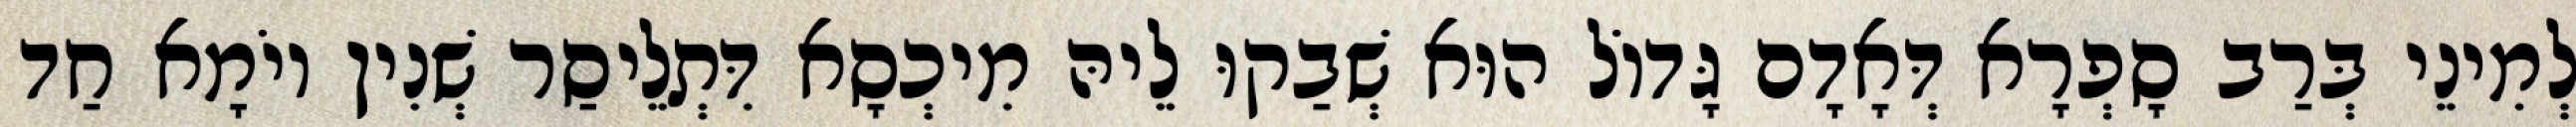
לְמִינֵי בְּרַב סָפְרָא דְּאָדָם גָּדוֹל הוּא שְׁבַקוּ לֵיהּ מִיכְסָא דִּתְלֵיסַר שְׁנִין יוֹמָא חַד